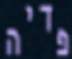
פדיה